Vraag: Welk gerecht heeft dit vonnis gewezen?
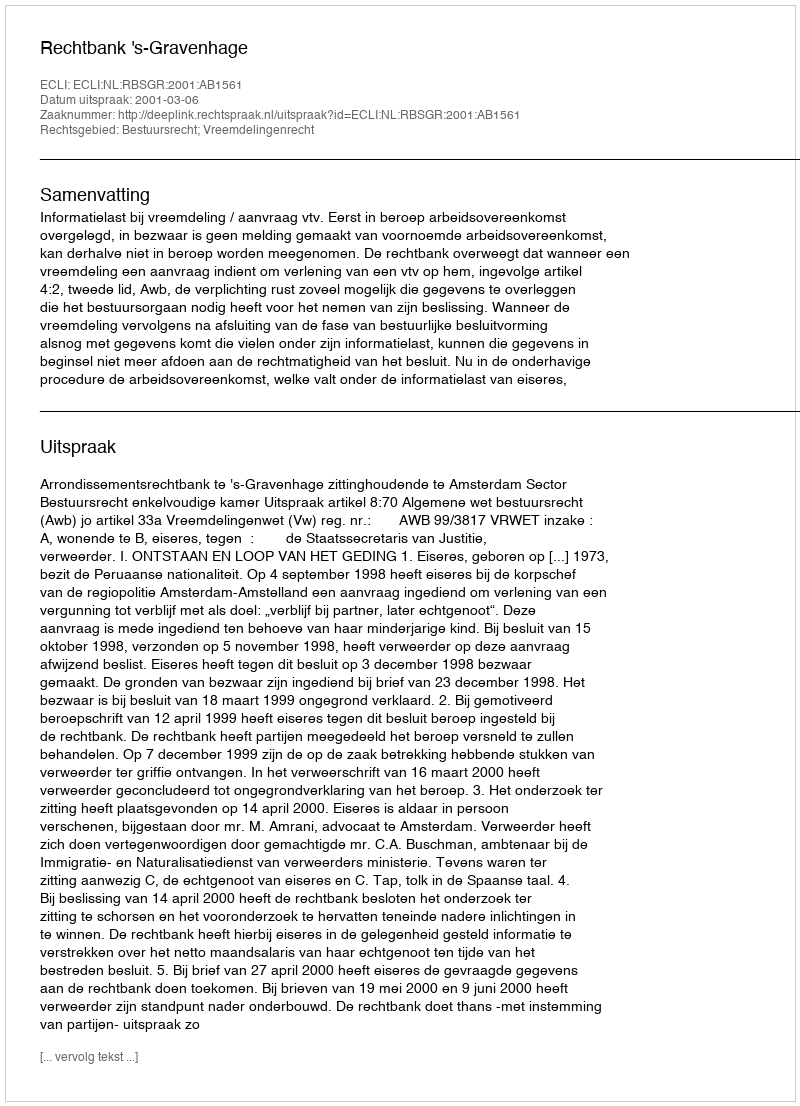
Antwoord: Rechtbank 's-Gravenhage